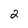
Character: 2